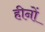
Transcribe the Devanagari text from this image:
हीनों